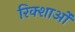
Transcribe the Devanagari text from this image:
रिक्शाओं